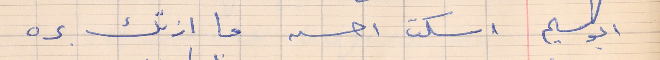
ابو سليم    اسكت احسن ما ازتك بره